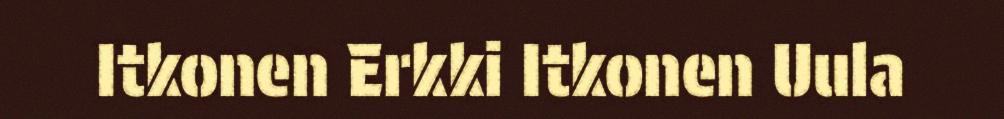
Itkonen Erkki Itkonen Uula